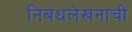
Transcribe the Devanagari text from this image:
निबंधलेखनाची